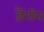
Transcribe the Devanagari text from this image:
डैंगीन